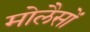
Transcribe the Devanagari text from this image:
मोलैसों